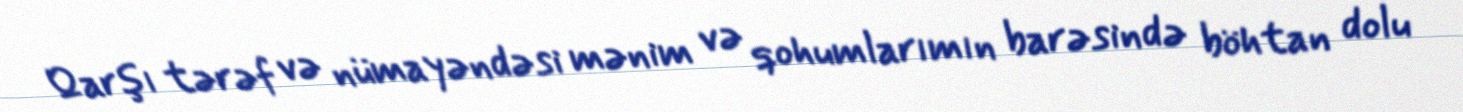
Qarşı tərəf və nümayəndəsi mənim və qohumlarımın barəsində böhtan dolu